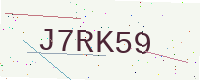
Text: J7RK59